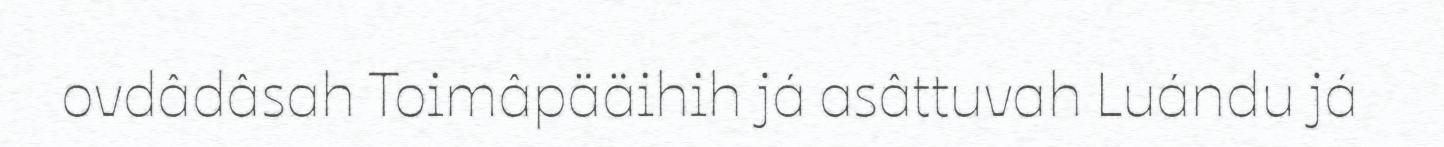
ovdâdâsah Toimâpääihih já asâttuvah Luándu já